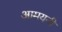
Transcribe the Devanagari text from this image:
आमयनी